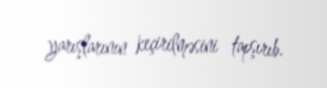
yarışlarının keçirilməsini tapşırıb.